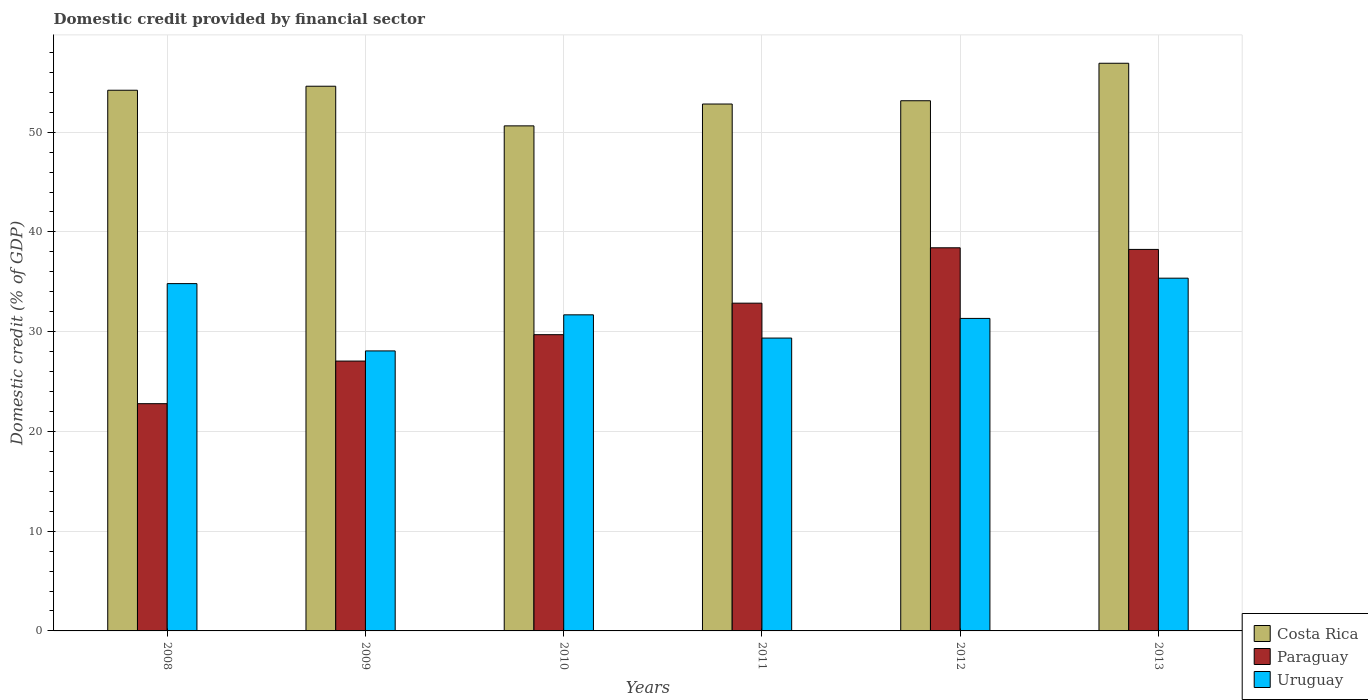
| Years | Costa Rica | Paraguay | Uruguay |
 | --- | --- | --- | --- |
 | 2008 | 54.2 | 22.8 | 34.8 |
 | 2009 | 54.6 | 27.1 | 28.1 |
 | 2010 | 50.6 | 29.7 | 31.7 |
 | 2011 | 52.8 | 32.9 | 29.4 |
 | 2012 | 53.2 | 38.4 | 31.3 |
 | 2013 | 56.9 | 38.2 | 35.4 |